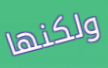
ولكنها